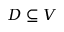
D \subseteq V